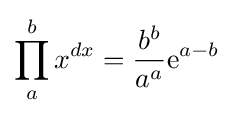
\prod _{a}^{b}x^{dx}={\frac {b^{b}}{a^{a}}}{\rm {e}}^{a-b}